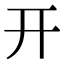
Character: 开